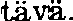
tävä.